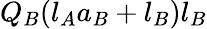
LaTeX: Q_{B}(l_{A}a_{B}+l_{B})l_{B}